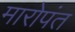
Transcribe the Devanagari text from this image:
मारोपंत